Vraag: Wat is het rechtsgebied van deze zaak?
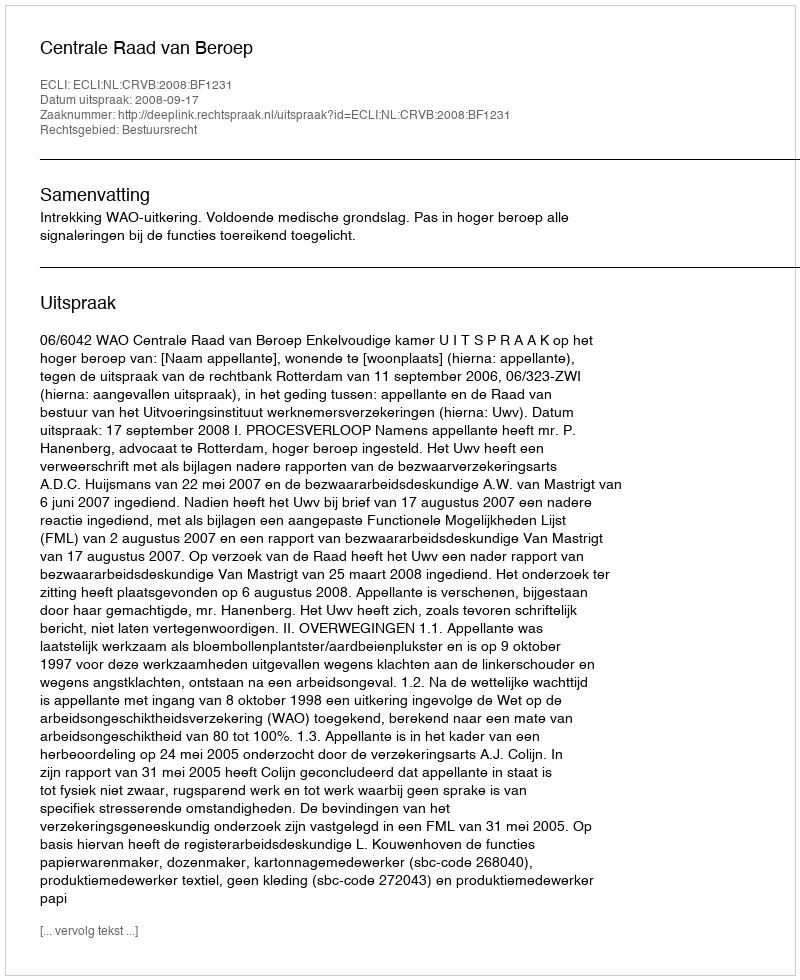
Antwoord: Bestuursrecht